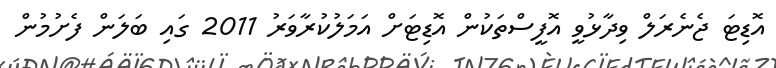
އޮޑިޓަ ޖެނެރަލް ވިދާޅުވީ އޮފީސްތަކުން އޮޑިޓަށް އަމަލުކުރާވަރު 2011 ގައި ބަލަން ފެށުމުން